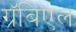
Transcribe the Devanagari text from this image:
ग्रॅबिएल